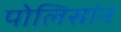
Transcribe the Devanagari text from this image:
पोलिसांन